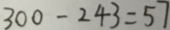
3 0 0 - 2 4 3 = 5 7